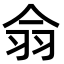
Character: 𦏾